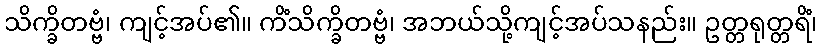
သိက္ခိတဗ္ဗံ၊ ကျင့်အပ်၏။ ကိံသိက္ခိတဗ္ဗံ၊ အဘယ်သို့ကျင့်အပ်သနည်း။ ဥတ္တရုတ္တရိံ၊